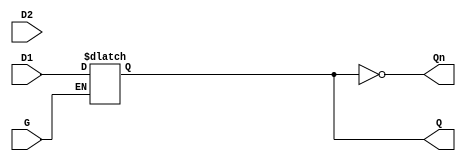
module dual_input_gated_latch (
    input wire D1,     // First data input
    input wire D2,     // Second data input
    input wire G,      // Gate control input
    output reg Q,      // Latch output
    output wire Qn     // Inverted output (optional)
);

// Inverted output
assign Qn = ~Q;

// Process block for latch behavior
always @ (G or D1 or D2) begin
    if (G) begin
        // If G is high, the latch follows the selected data input
        // Example selection logic can be added if required
        // Here, we can choose to capture D1 or D2 based on some condition
        // For simplicity, let's assume we use D1 when G is high
        Q <= D1; // Select input is D1 when G is asserted
        // To use D2, simply swap `Q <= D2;` if you want to directly use D2
    end
    // When G is low, hold the last state
end

endmodule